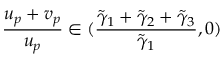
\frac { u _ { p } + v _ { p } } { u _ { p } } \in ( \frac { \tilde { \gamma } _ { 1 } + \tilde { \gamma } _ { 2 } + \tilde { \gamma } _ { 3 } } { \tilde { \gamma } _ { 1 } } , 0 )